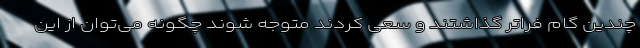
چندین گام فراتر گذاشتند و سعی کردند متوجه شوند چگونه می‌توان از این